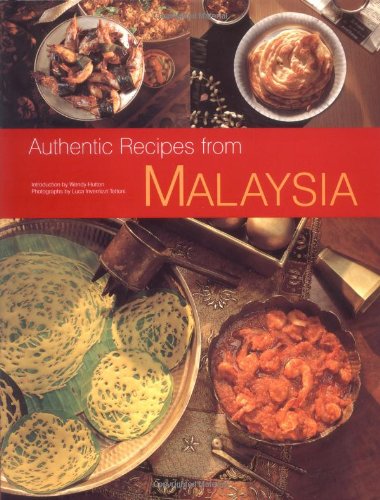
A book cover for Authentic Recipes from Malaysia (Authentic Recipes Series); Wendy Hutton; Cookbooks, Food & Wine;